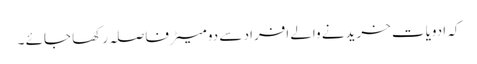
کہ ادویات خریدنے والے افراد سے دو میٹرفاصلہ رکھا جائے ۔